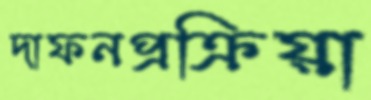
দাফনপ্রক্রিয়া